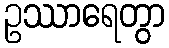
ဥဿာရေတွာ